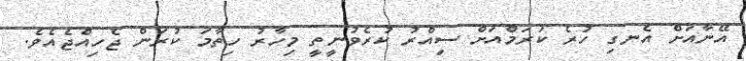
އޭނާއަށް އެނގި ހުރެ ކަރަމްއަށް ސިއްރު ކުރެވުނީތީ މިހާރު ހިތާމަ ކުރަން ޖެހިއްޖެއެވެ.